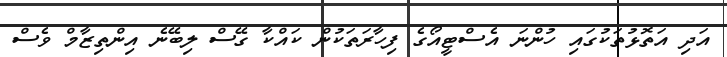
އަދި އަތޮޅުތަކުގައި ހުންނަ އެސްޓީއޯގެ ފިހާރަތަކުން ކައްކާ ގޭސް ލިބޭނެ އިންތިޒާމް ވެސް